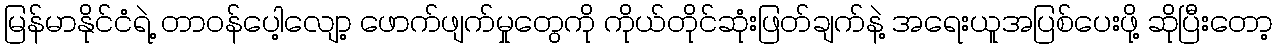
မြန်မာနိုင်ငံရဲ့ တာဝန်ပေါ့လျော့ ဖောက်ဖျက်မှုတွေကို ကိုယ်တိုင်ဆုံးဖြတ်ချက်နဲ့ အရေးယူအပြစ်ပေးဖို့ ဆိုပြီးတော့